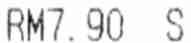
RM7.90 S